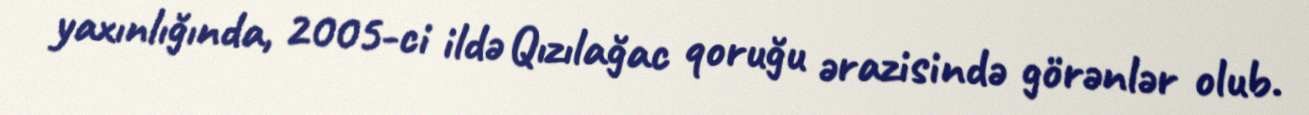
yaxınlığında, 2005-ci ildə Qızılağac qoruğu ərazisində görənlər olub.